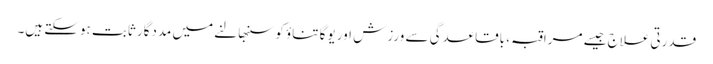
قدرتی علاج جیسے مراقبہ ، باقاعدگی سے ورزش اور یوگا تناؤ کو سنبھالنے میں مددگار ثابت ہوسکتے ہیں۔